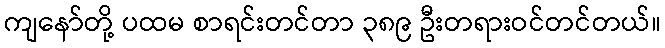
ကျနော်တို့ ပထမ စာရင်းတင်တာ ၃၈၉ ဦးတရားဝင်တင်တယ်။